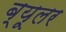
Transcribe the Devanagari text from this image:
ब्यूलर